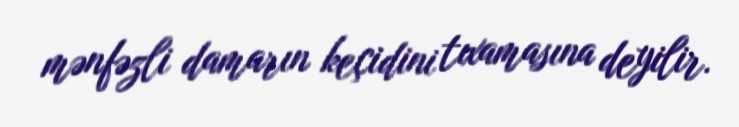
mənfəzli damarın keçidini tıxamasına deyilir.